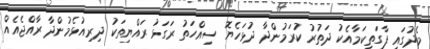
މެދުގައި ފާގަތިކަމާއެކު ދަތުރު ކުރަމުންދާ ދުޅަހެޔޮ ސިއްހަތު ރަގަޅު ރައްޔިތަކު ދިރިއުޅެމުންދާ ރާއްޖެއެއް